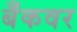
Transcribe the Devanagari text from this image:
बँकवर